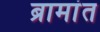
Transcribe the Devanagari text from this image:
ब्रामांत